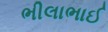
ભીલાભાઈ